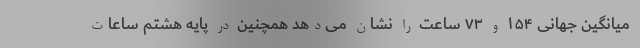
میانگین جهانی ۱۵۴ و ۷۳ ساعت را نشان می‌دهد همچنین در پایه هشتم ساعات